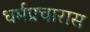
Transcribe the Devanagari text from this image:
धर्मप्रचारास